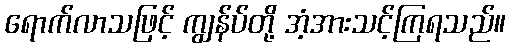
ရောက်လာသဖြင့် ကျွန်ပ်တို့ အံ့အားသင့်ကြရသည်။